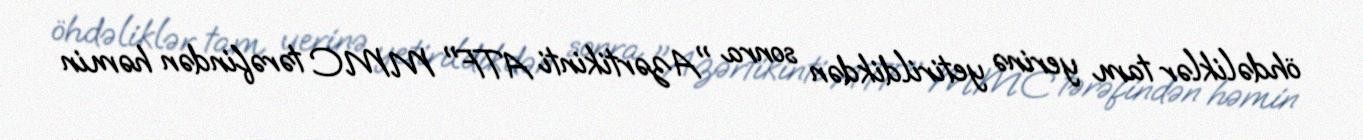
öhdəliklər tam yerinə yetirildikdən sonra "Azərtikinti ATF" MMC tərəfindən həmin